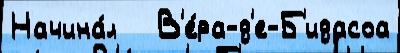
Начина́л   В'е́ра-д'е-Б'идасоа